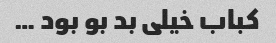
کباب خیلی بد بو بود …